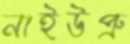
নাইউপ্রু